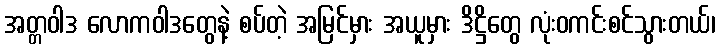
အတ္တဝါဒ လောကဝါဒတွေနဲ့ စပ်တဲ့ အမြင်မှား အယူမှား ဒိဋ္ဌိတွေ လုံးဝကင်းစင်သွားတယ်၊